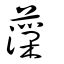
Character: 薻